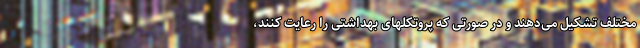
مختلف تشکیل می‌دهند و در صورتی که پروتکلهای بهداشتی را رعایت کنند،